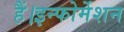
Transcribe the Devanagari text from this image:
हैं।इन्फोर्मेशन